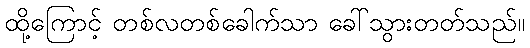
ထို့ကြောင့် တစ်လတစ်ခေါက်သာ ခေါ်သွားတတ်သည်။